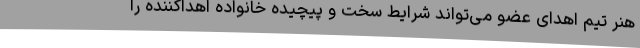
هنر تیم اهدای عضو می‌تواند شرایط سخت و پیچیده خانواده اهداکننده را